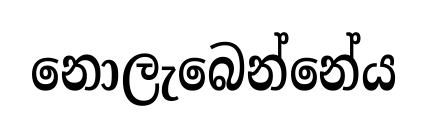
නොලැබෙන්නේය